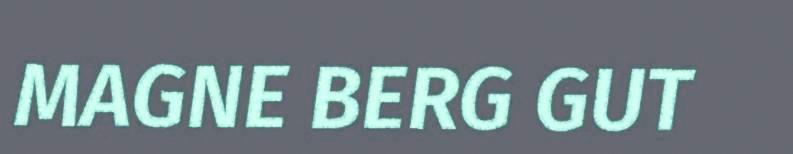
MAGNE BERG GUT